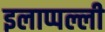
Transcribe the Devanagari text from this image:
इलाप्पल्ली